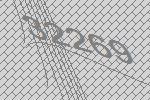
32269